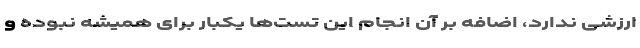
ارزشی ندارد، اضافه بر آن انجام این تست‌ها یکبار برای همیشه نبوده و